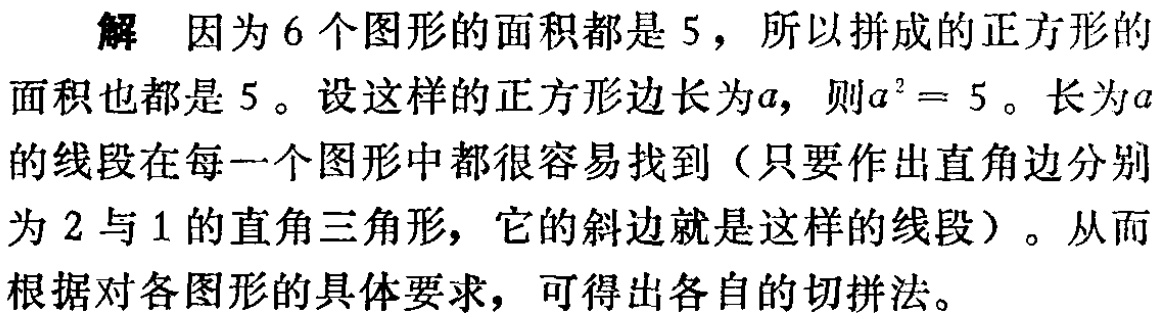
解 因为6个图形的面积都是5，所以拼成的正方形的面积也都是5。设这样的正方形边长为\(a\)，则\(a^{2}=5\)。长为\(a\)的线段在每一个图形中都很容易找到（只要作出直角边分别为2与1的直角三角形，它的斜边就是这样的线段）。从而根据对各图形的具体要求，可得出各自的切拼法。